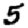
Digit: 5